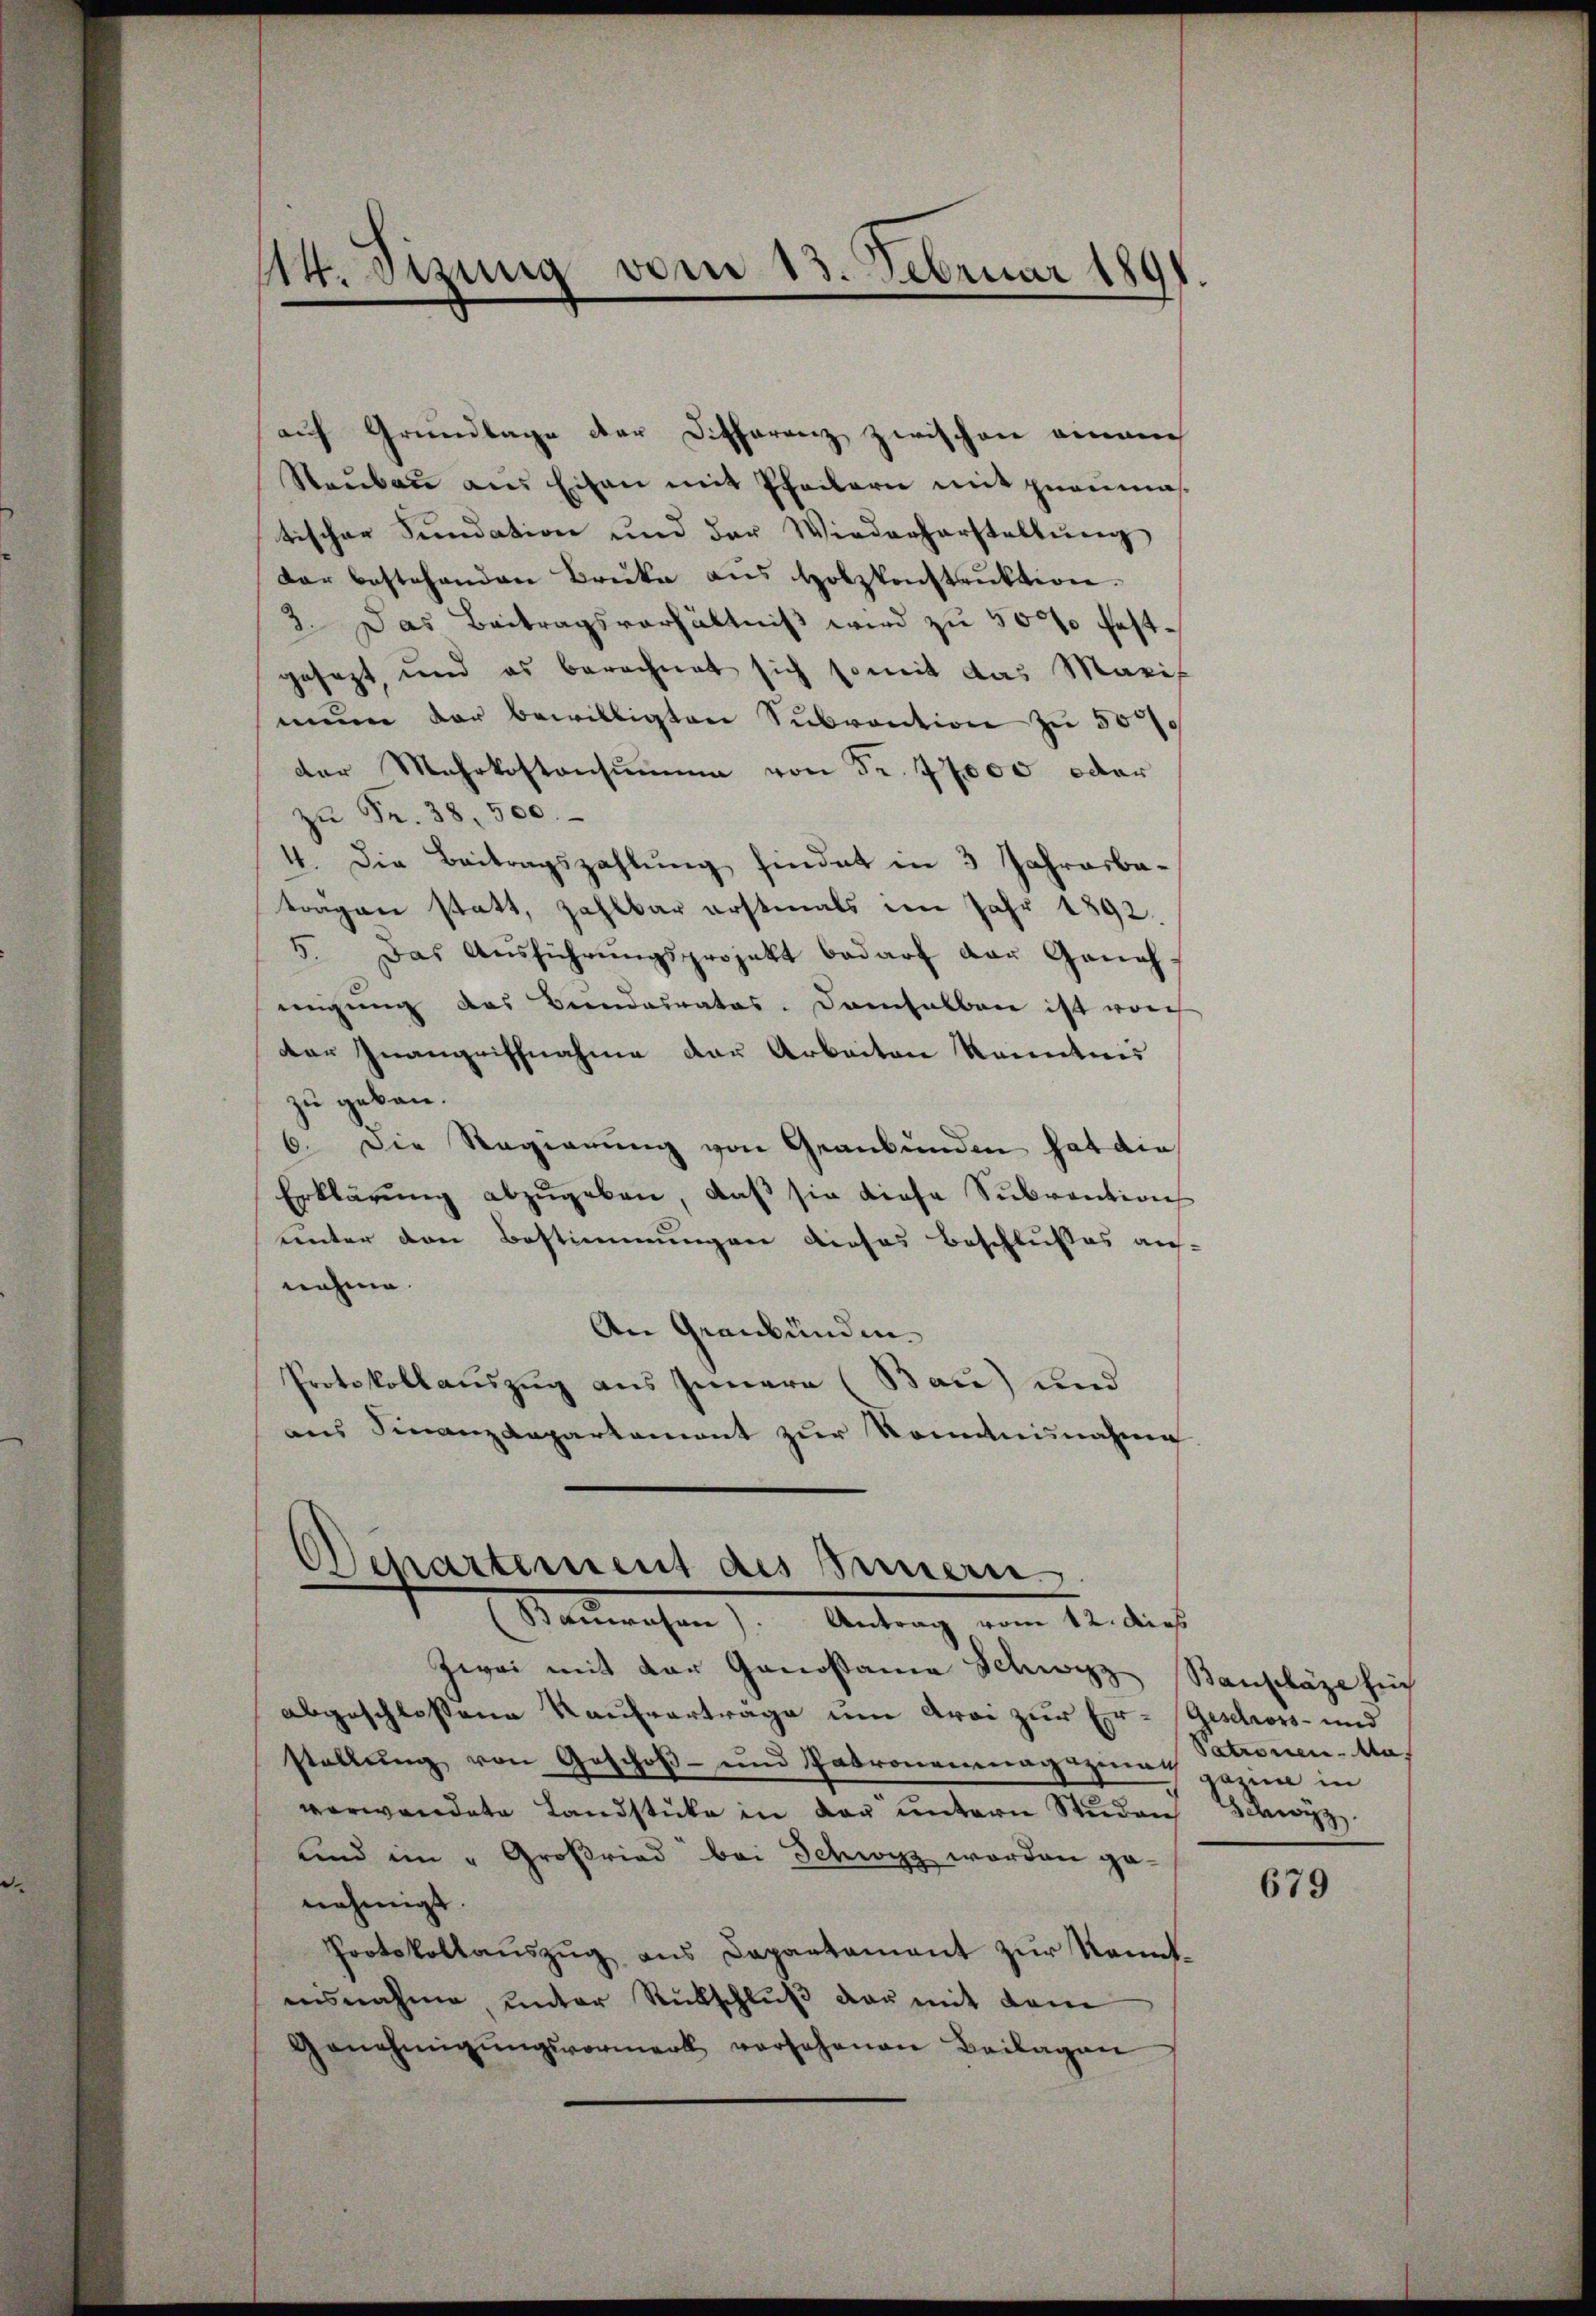
114. Dezung vom 23. Februar 1891

auf Grundlage der Differenz zwischen einem
Staŭbau aus Eisen mit Pfeilern mit gnanmastischer Fundation und der Wiederherstellung
dar bestehenden Brücke aus Holzkonstrŭktion.
3. Das Beitragsverhältniß wird zu 500 festgesezt, und es berechnet sich somit das Maris
mene der bewilligten Subvention zu 5000
der Mehrkostensumme von Fr. 77000 oder
zŭ Fr. 38, 500.
4. Die Beitragszahlung findet in 3 Jahresbaträgen statt, zahlbar erstmals im Jahr 1892.
5. Das Aŭsführŭngsprojekt bedarf der Geneh-
migung das Beendesrates. Demselben ist worch
der Inangriffnahme der Arbeiten kanntnis
zu geben.
6. Die Regierung von Graubünden hat die
Erklärŭng abzŭgeben, daß sie diese Subvention
unter den Bestimmungen dieses beschlusses auf-
nehme.
An Graubünden.
Protokollauszug aus Innern (Bau) und
aus Finanzdepartement zur kommnisnahme

Departement des Innern
Rauwesen). Antrag, von Seidlich

Zwai mit der Genossame Schwyz Bauplaze hi
abgeschlossene Kaufverträge um Aroi zur Er-Geschwors- und
stellung von Geschoß- und Patronenmagazinach in in
verwendete Landstücke in der untern Studen Schwyz.
und im "Großried bei Schwyz worden ge-
nehmigt.
Protokollauszug aus Capartament zur Kenntisnahme, ŭnter Rükschlŭβ der mit dem
Genehmigŭngsvormerk vorsehenen Beilagen

Patronen-Ma

679